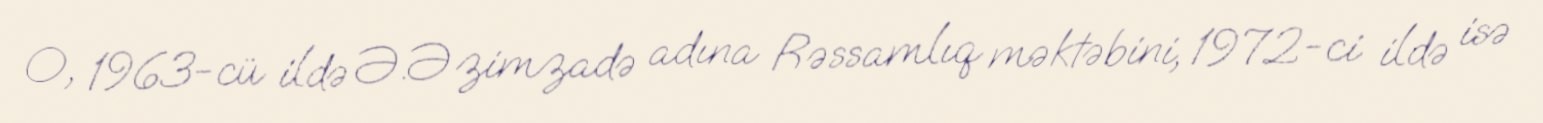
O, 1963-cü ildə Ə.Əzimzadə adına Rəssamlıq məktəbini, 1972-ci ildə isə